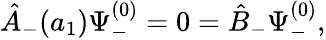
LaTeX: {\hat{A}}_{-}(a_{1})\Psi_{-}^{(0)}=0={\hat{B}}_{-}\Psi_{-}^{(0)},